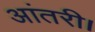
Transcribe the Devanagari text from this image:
आंतरी।